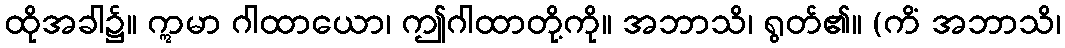
ထိုအခါ၌။ ဣမာ ဂါထာယော၊ ဤဂါထာတို့ကို။ အဘာသိ၊ ရွတ်၏။ (ကိံ အဘာသိ၊